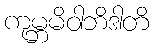
ကုမ္ဘမိဝါဘိဒါတိ